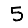
Digit: 5